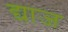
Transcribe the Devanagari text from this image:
द्याज